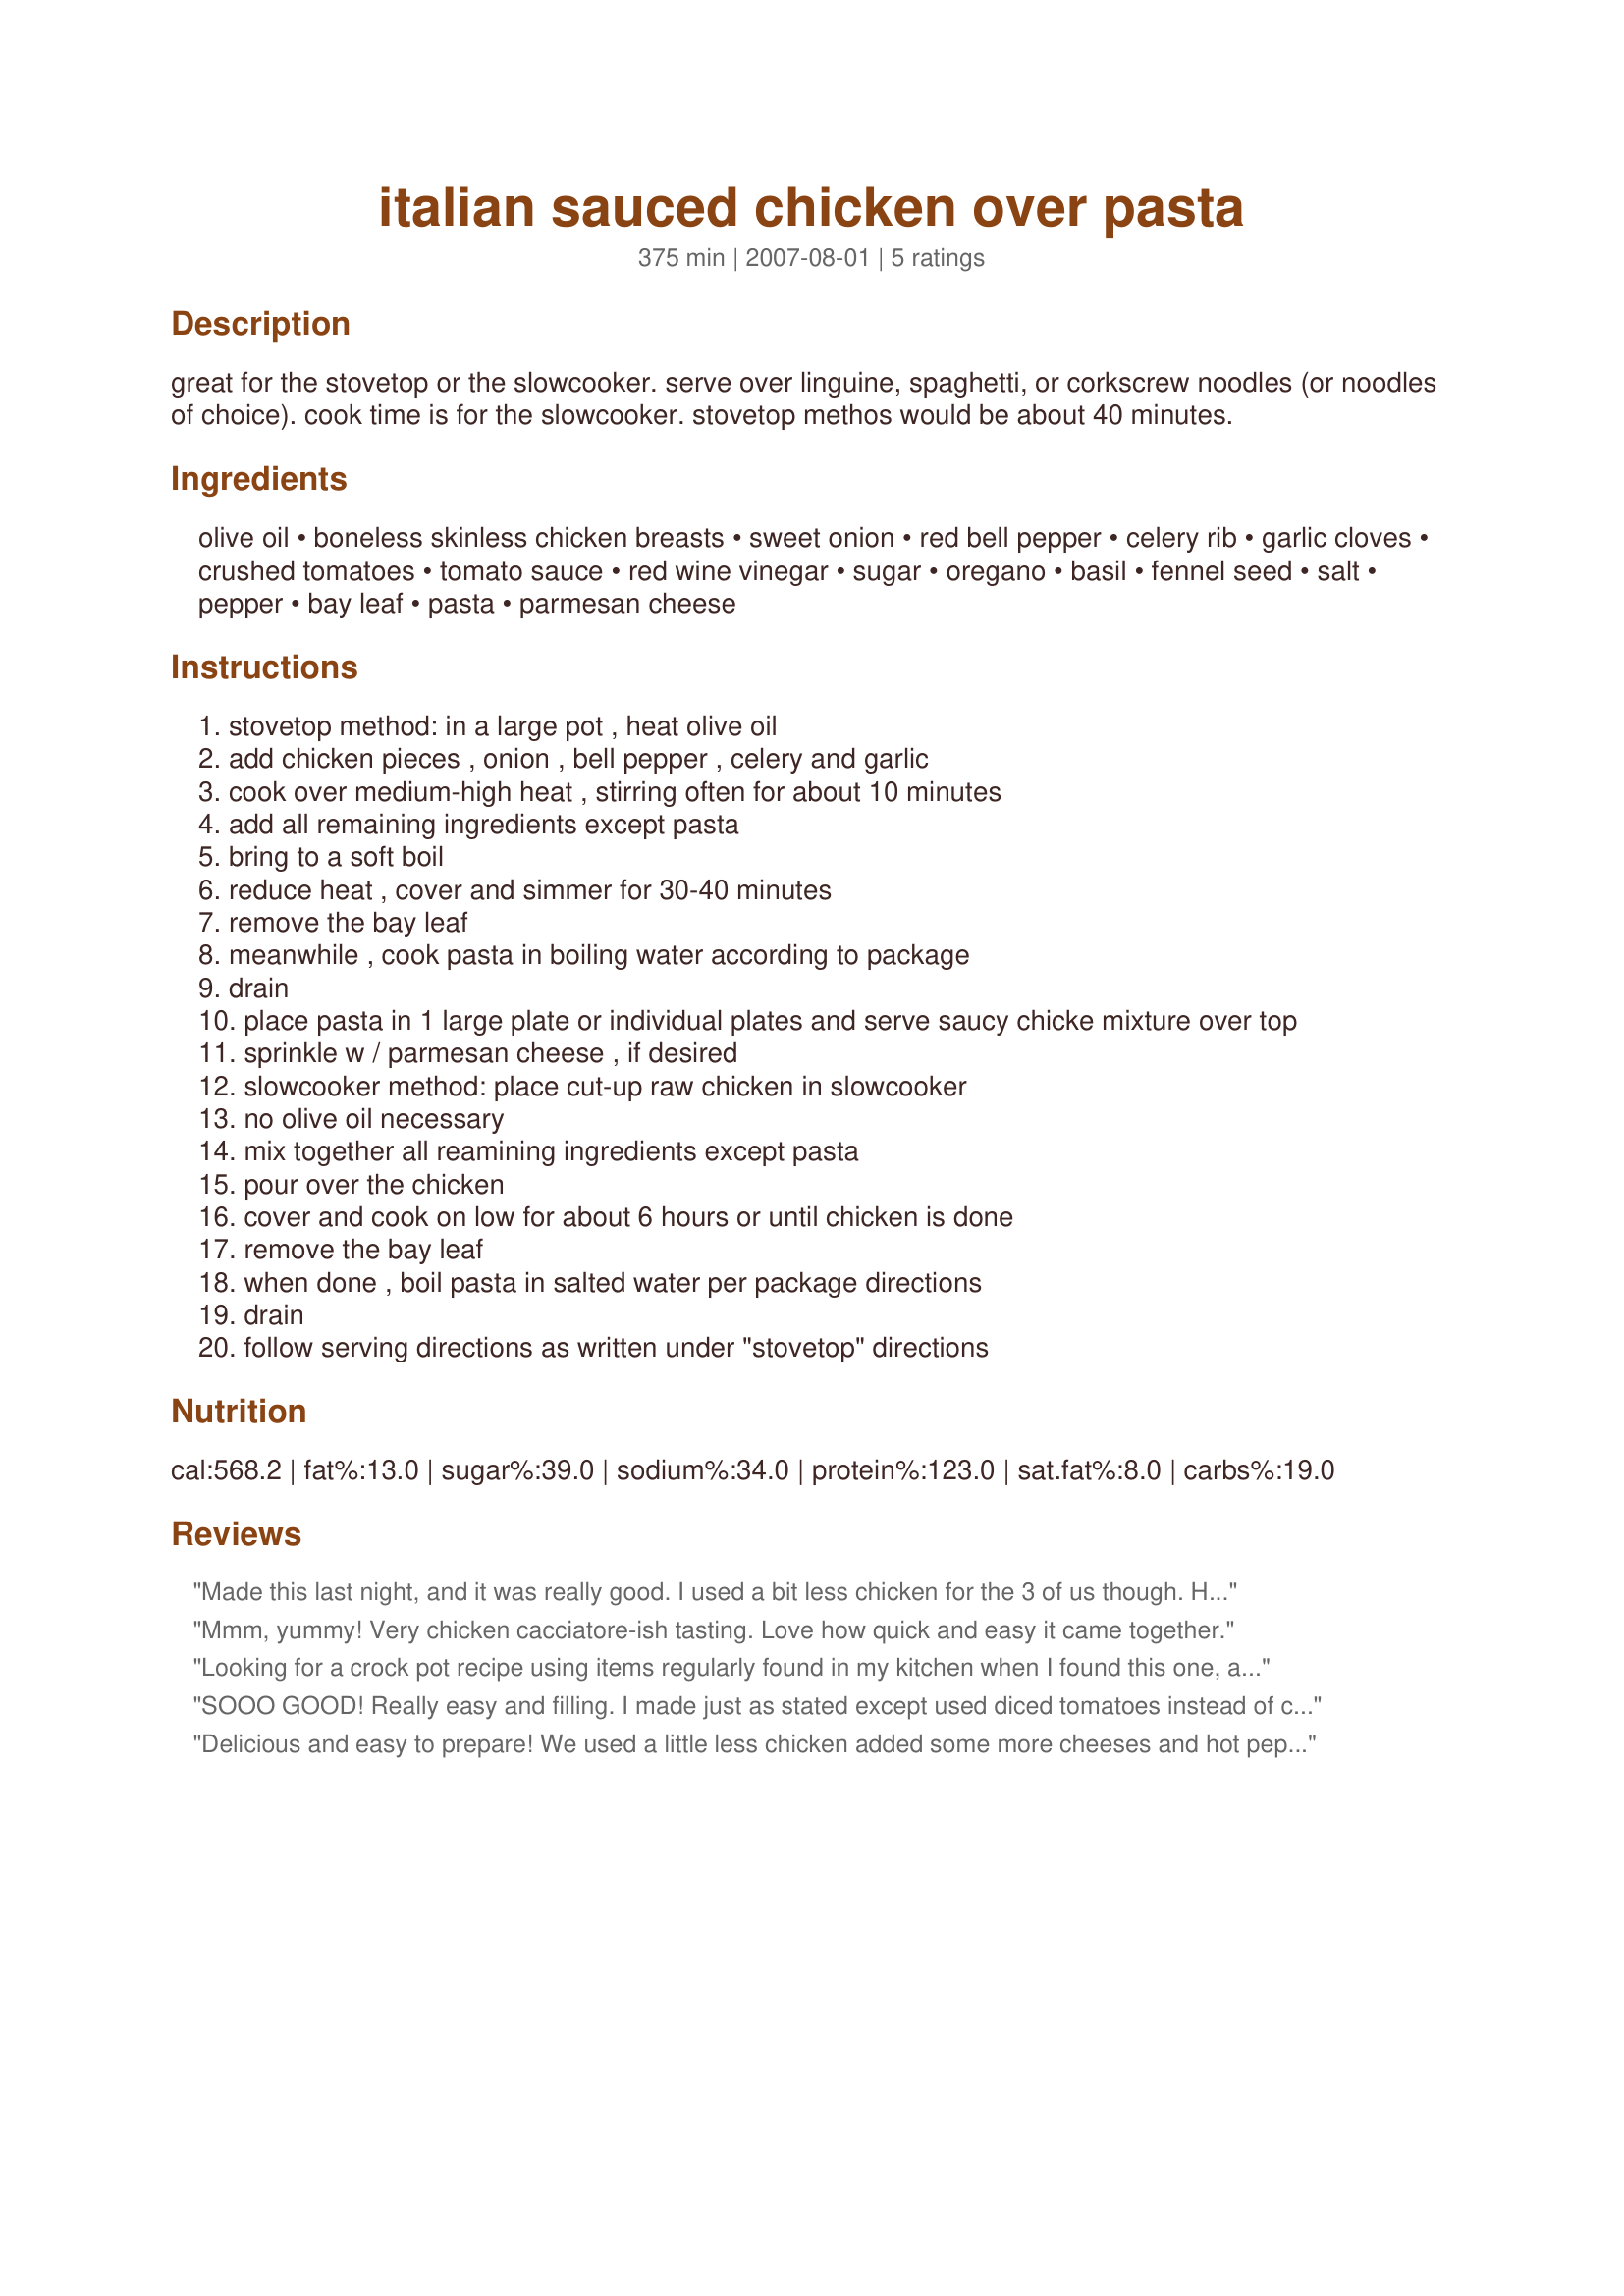
italian sauced chicken over pasta
Preparation time: 375 minutes

great for the stovetop or the slowcooker. serve over linguine, spaghetti, or corkscrew noodles (or noodles of choice).
cook time is for the slowcooker. stovetop methos would be about 40 minutes.

Ingredients:
olive oil, boneless skinless chicken breasts, sweet onion, red bell pepper, celery rib, garlic cloves, crushed tomatoes, tomato sauce, red wine vinegar, sugar, oregano, basil, fennel seed, salt, pepper, bay leaf, pasta, parmesan cheese

Steps:
stovetop method: in a large pot , heat olive oil
add chicken pieces , onion , bell pepper , celery and garlic
cook over medium-high heat , stirring often for about 10 minutes
add all remaining ingredients except pasta
bring to a soft boil
reduce heat , cover and simmer for 30-40 minutes
remove the bay leaf
meanwhile , cook pasta in boiling water according to package
drain
place pasta in 1 large plate or individual plates and serve saucy chicke mixture over top
sprinkle w / parmesan cheese , if desired
slowcooker method: place cut-up raw chicken in slowcooker
no olive oil necessary
mix together all reamining ingredients except pasta
pour over the chicken
cover and cook on low for about 6 hours or until chicken is done
remove the bay leaf
when done , boil pasta in salted water per package directions
drain
follow serving directions as written under "stovetop" directions

Reviews:
Made this last night, and it was really good. I used a bit less chicken for the 3 of us though. Had the sauce over campanelle and topped with fresh grated Parmesan.
It's a keeper and a nice change from bottles marinara sauce.
Thanks!
Mmm, yummy! Very chicken cacciatore-ish tasting. Love how quick and easy it came together.
Looking for a crock pot recipe using items regularly found in my kitchen when I found this one, and it was like discovering hidden treasure. A little weary of breast meat, I have recently begun to cook more with thighs, which have a meatier flavor, and tried them with this recipe. The flavors were just fabulous complex without being confusing, and well blended with a nice mix of textures to accentuate the components held in the sauce. The experiment with thighs also worked well and the meat was perfect and tender enough to easily break with a fork. My one comment other than delectable dish was the sauce was a wee bit thin, but I slightly undercooked the (whole wheat) pasta and it did a great job of absorbing the liquid. Leftovers were served over polenta wedges and that too was great. Made for ZWT4.
SOOO GOOD! Really easy and filling. I made just as stated except used diced tomatoes instead of crushed and left out the fennel.
Served over angelhair pasta, and will definately make again.
Delicious and easy to prepare! We used a little less chicken added some more cheeses and hot pepper for our taste. Thanks for sharing!
